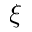
\xi